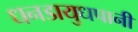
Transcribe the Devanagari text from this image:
धनडायुधपानी